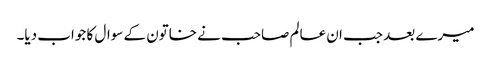
میرے بعد جب ان عالم صاحب نے خاتون کے سوال کا جواب دیا۔